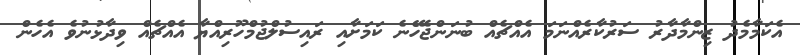
އެކަމާމެދު ޒިންމާދާރު ސަރުކާރެއްނަމަ އެއްޗެއް ބުނަންޖެހޭނެ ކަމަށާއި ރައިސުލްޖުމްހޫރިއްޔާ އެއްޗެއް ވިދާޅުނުވެ އެހެން